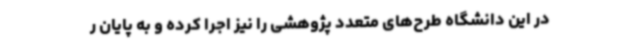
در این دانشگاه طرح‌های متعدد پژوهشی را نیز اجرا کرده و به پایان ر